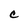
Character: e